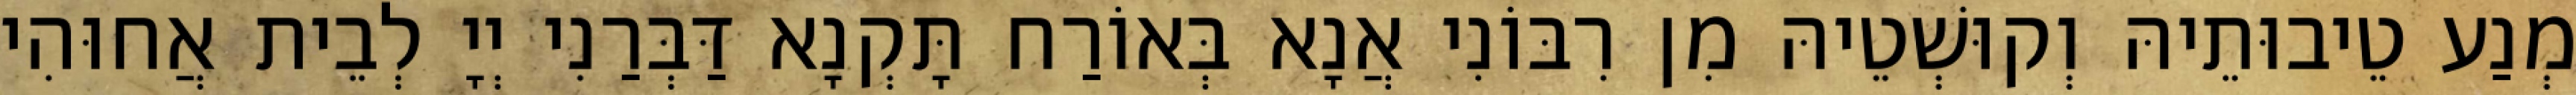
מְנַע טֵיבוּתֵיהּ וְקוּשְׁטֵיהּ מִן רִבּוֹנִי אֲנָא בְּאוֹרַח תָּקְנָא דַּבְּרַנִי יְיָ לְבֵית אֲחוּהִי